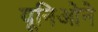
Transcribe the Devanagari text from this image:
यूनिओने